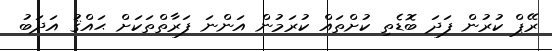
ރޭޕް ކުރުން ފަދަ ބޮޑެތި ކުށްތައް ކުރަމުން އަންނަ ފަރާތްތަކަށް ޙައްޤު އަދަބު